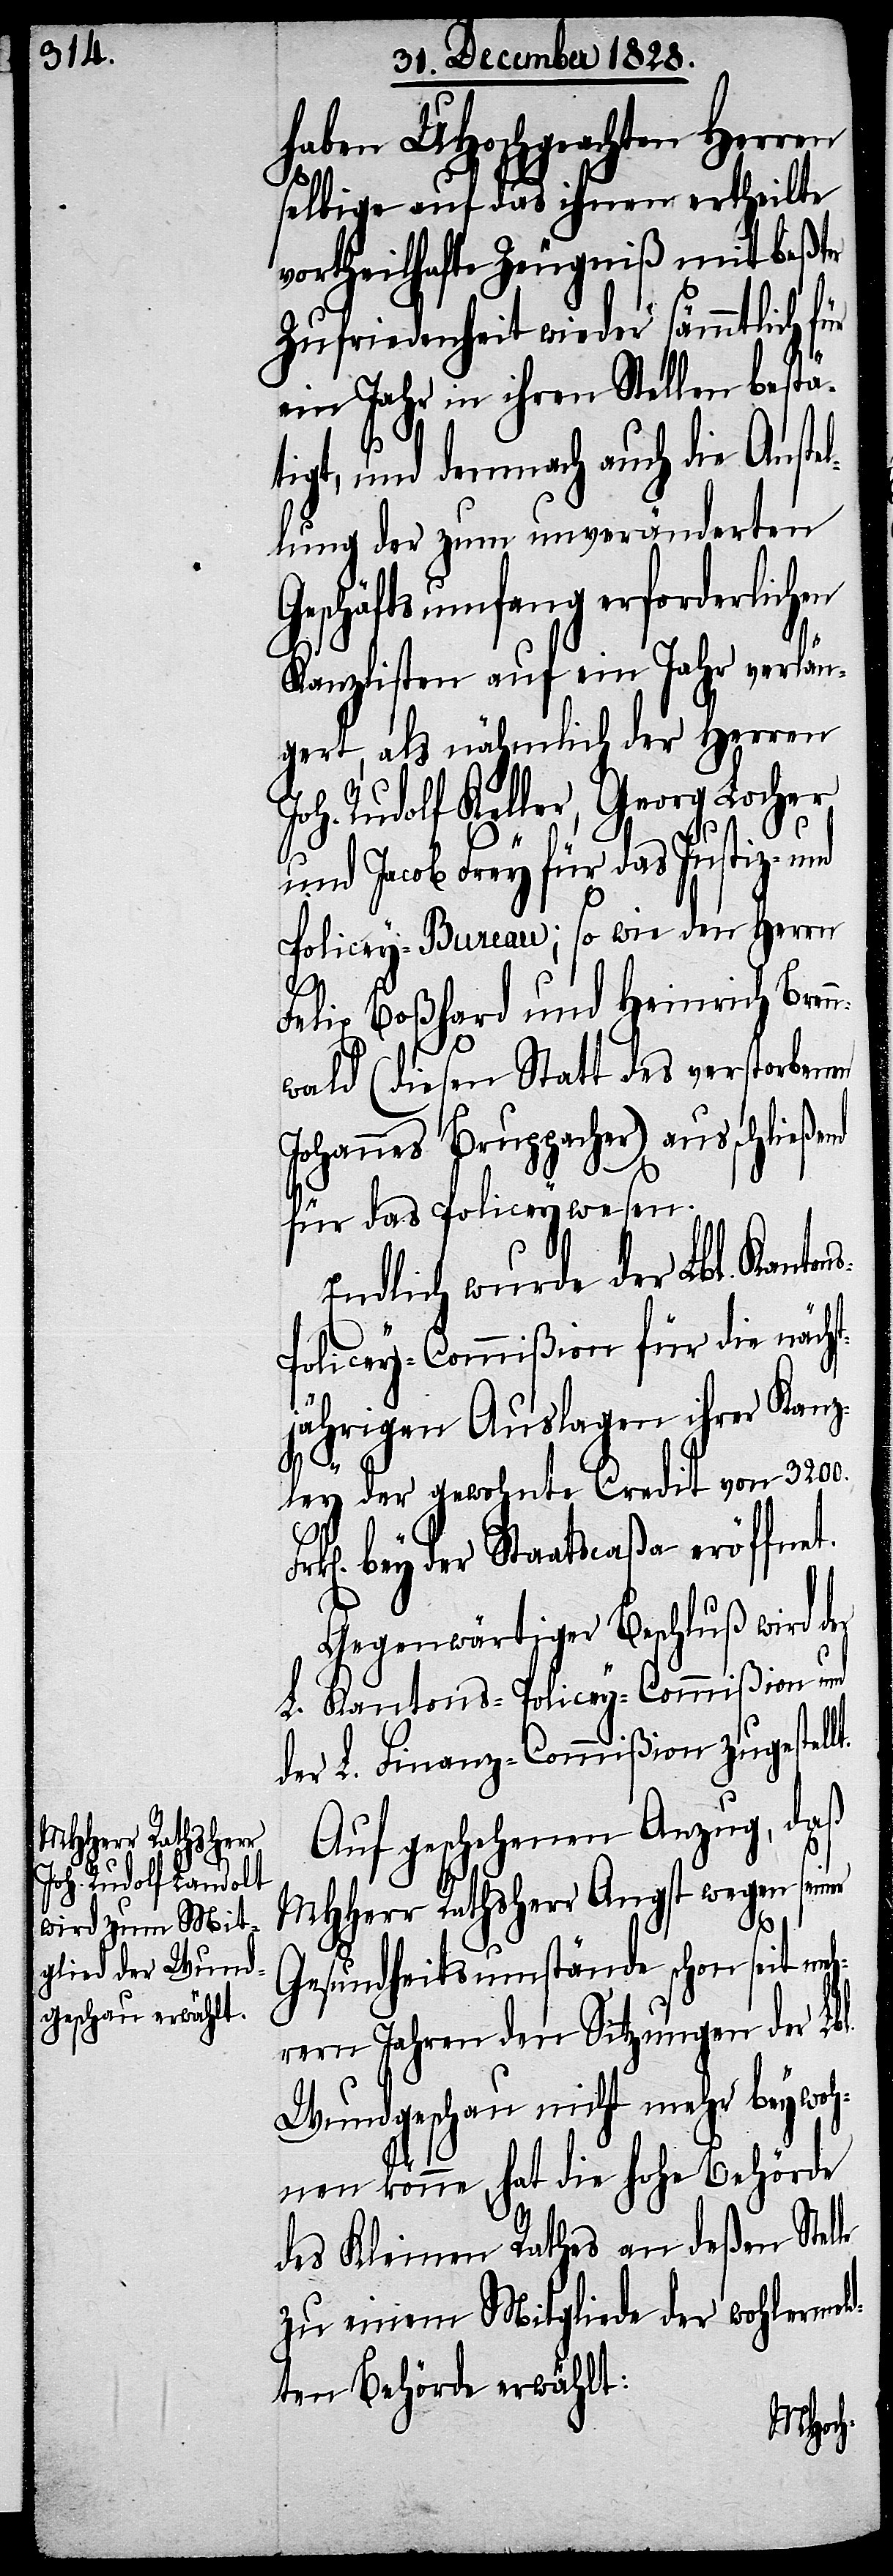
haben UHochgeachten Herren
selbige auf das ihnen ertheilte
vortheilhafte Zeugniß mit beßter
Zufriedenheit wieder sämmtlich für
ein Jahr in ihren Stellen bestä¬
tigt, und demnach auch die Anste¬
llung der zum unveränderten
Geschäftsumfang erforderlichen
Kanzlisten auf ein Jahr verlän¬
gert, als nähmlich der Herren
Joh. Rudolf Keller, Georg Locher
und Jacob Frey für das Justiz-
Policey-Bureau; so wie den Herrn
lt.
Felix Boßhard und Heinrich Bren¬
nwald (diesen Statt des verstorbenen
Johannes Bruppacher) ausschließ¬
für das Policeywesen.
Endlich wurde der Lbl. Kanton¬
s-Policey-Commißion für die nächs¬
tjährigen Auslagen ihrer Kanz¬
ley der gewohnte Credit von 3200.
bey der Staatscaßa eröffne¬
Gegenwärtiger Beschluß wird der
L. Kantons-Policey-Commißion und
der L. Finanz-Commißion zugestel¬
Auf geschehenen Anzug, daß
MHHerr Rathsherr Angst wegen sein¬
le
Gesundheitsumstände schon seit meh¬
rern Jahren den Sitzungen der Lbl.
Wundgeschau nicht mehr beywoh¬
nen könne, hat die hohe Behörde
des Kleinen Rathes an deßen Stel¬
zu einem Mitgliede der wohlermel¬
dten Behörde erwählt:
end